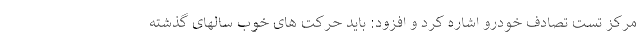
مرکز تست تصادف خودرو اشاره کرد و افزود: باید حرکت های خوب سالهای گذشته